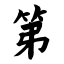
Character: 第